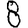
Digit: 8